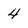
Character: 4